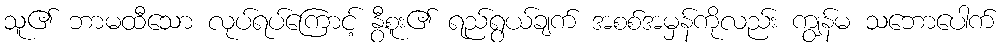
သူ၏ ဘာမထီသော လုပ်ရပ်ကြောင့် နွီစူး၏ ရည်ရွယ်ချက် အစစ်အမှန်ကိုလည်း ကျွန်မ သဘောပေါက်